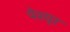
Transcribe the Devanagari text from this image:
पेश्यूर